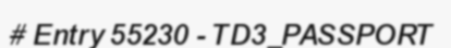
# Entry 55230 - TD3_PASSPORT